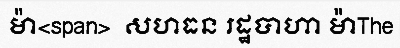
ម៉ា<span>  សហធន រដ្ឋបាហា ម៉ាThe